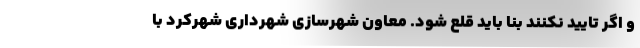
و اگر تایید نکنند بنا باید قلع شود. معاون شهرسازی شهرداری شهرکرد با